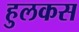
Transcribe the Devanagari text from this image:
हुलकस